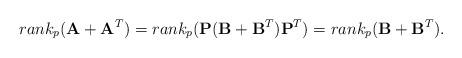
LaTeX: \begin{align*}rank_{p}(\mathbf{A}+\mathbf{A}^{T})=rank_{p}(\mathbf{P}(\mathbf{B}+\mathbf{B}^{T})\mathbf{P}^{T})=rank_{p}(\mathbf{B}+\mathbf{B}^{T}).\end{align*}